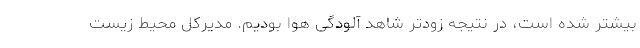
بیشتر شده است، در نتیجه زودتر شاهد آلودگی هوا بودیم. مدیرکل محیط زیست